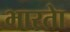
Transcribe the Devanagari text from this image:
भारताे